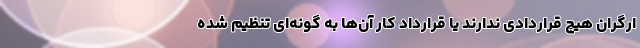
ارگران هیچ قراردادی ندارند یا قرارداد کار آن‌ها به گونه‌ای تنظیم شده